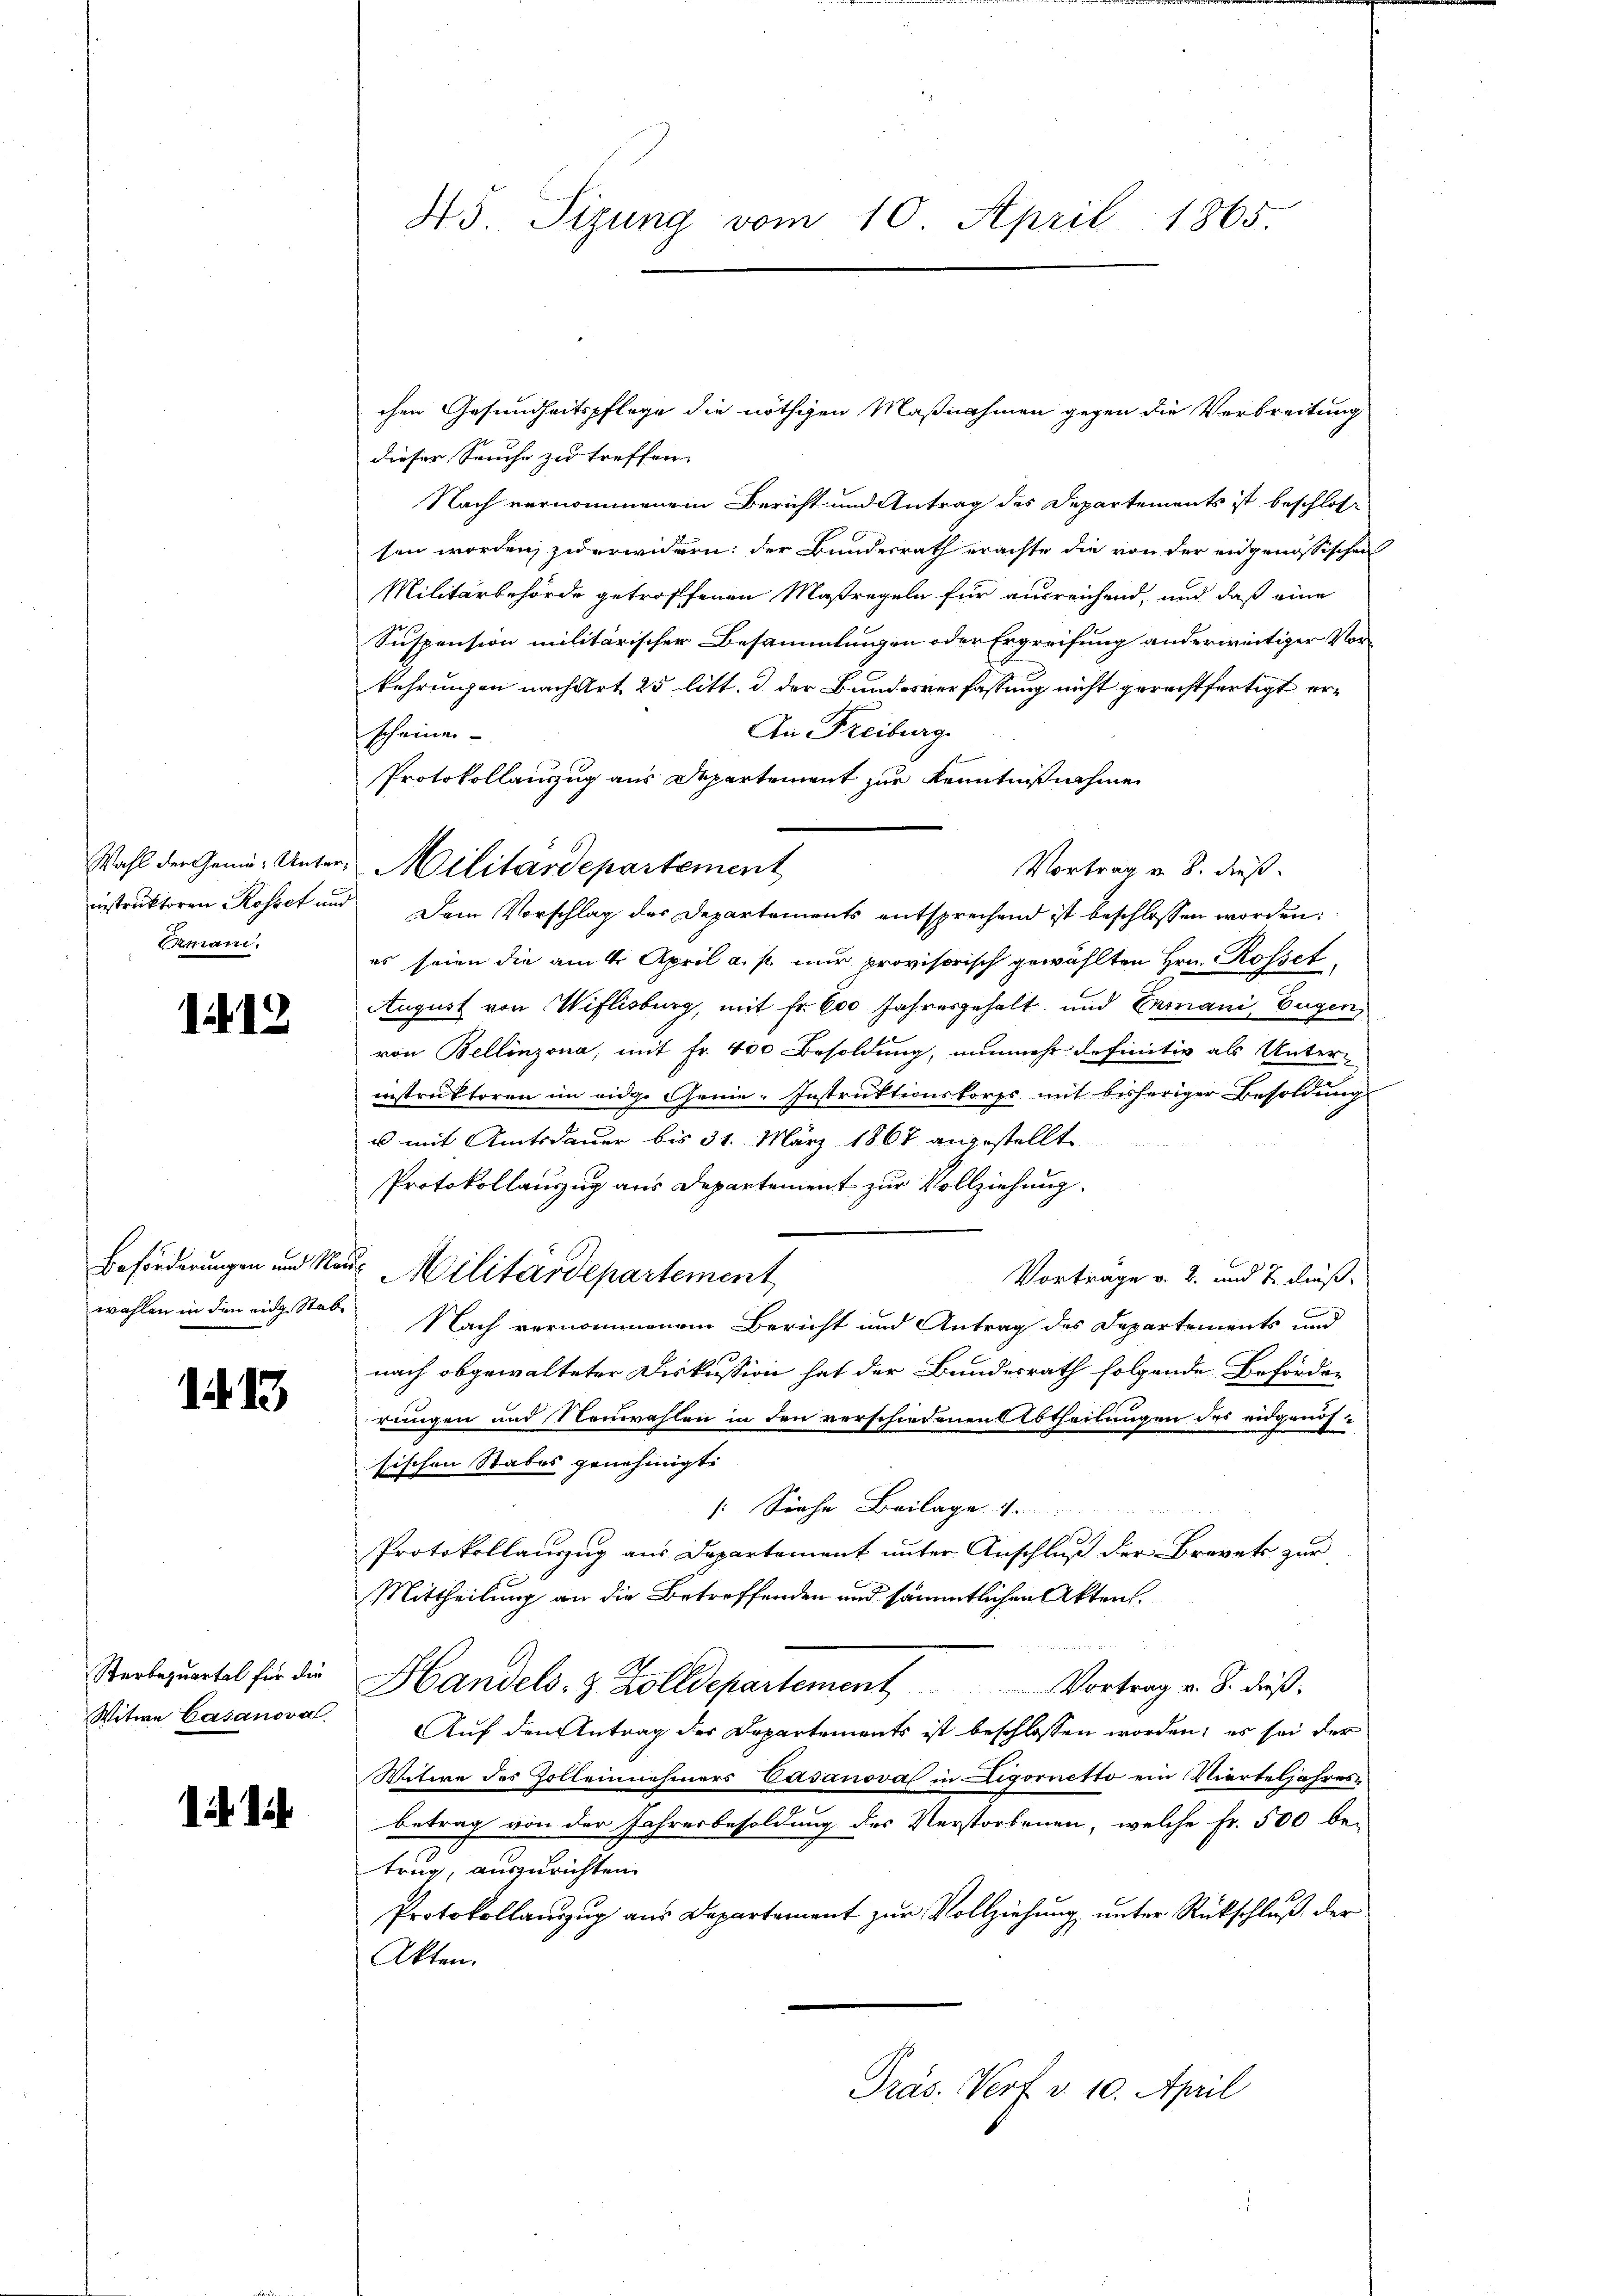
Ermann.

112

1. 13

Witwe Casanova

i di

chen Gesundheitspflege die nöthigen Maßnahmen gegen die Verbreitung
dieser Seuche zu treffen.
Nach vernommenem Bericht und Antrag des Departements ist beschloss
sen worden, zu erwidern: der Bundesrath erachte die von der engenössischen
Militärbehörde getroffenen Maßregeln für ausreichend, und daß eine
Suspension militärischer Besammlungen oder Ergreifung anderweitiger Vorkehrungen nach Art 25 litt. d. der Bundesverfassung nicht gerechtfertigt er¬
An Freiburg.
scheinen
Protokollauszug aus Departement zur Kenntnißnahme
Vortrag v. B. dieß.
instruktoren Rosset und Dem Vorschlag des Departements entsprechend ist beschlossen worden:
es seien die am 4. April a. p. nur provisorisch gewählten Hrn. Rosset
August von Wiflisburg, mit fr. 600 Jahresgehalt, und Ermani, Eugen
von Bellinzona, mit Fr. 400 Besoldung, nunmehr definitiv als Unterinstruktoren im eidge Genie-Instruktionskorps mit bisheriger Besoldung
u mit Amtsdauer bis 31. März 1867 angestellte.
Protokollauszug aus Departement zur Vollziehung
Beförderungen und Neue Militärdepartement
Vortrage v. 2. und 7. dießwahlen in den eidg. Stab. Nach vernommenem Bericht und Antrag des Departements und
nach obgewalteter Diskussion hat der Bundesrath folgende Beförder
rungen und Neuwahlen in den verschiedenen Abtheilungen des eidganis-
sischen Stabes genehmigt.
s: Siehe Beilage 4
Protokollauszug aus Departement unter Anschluß der Brevet zur
Mittheilung an die Betreffenden und sämmtlichen Akten.
Sterbezuartal für die Handels- & Zolldepartement
Vortrag v. 8. dieß,
Auf den Antrag der Departements ist beschlossen worden; es sei der
Witire des Zolleinnehmers Casanova in Ligornetto ein Vierteljahresbetrag von der Jahresbesoldung des Verstorbenen, welche Fr. 500 be-
trug, auszurichten.
Protokollauszug aus Departement zŭr Vollziehŭng ŭnter Rückschluß der
Akten.
Präs. Vert v. 10. April

45. Sizung vom 10. April 1865.

Wahl der Gemü- Unter Militärdepartement